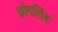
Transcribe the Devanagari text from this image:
छोगसिंह